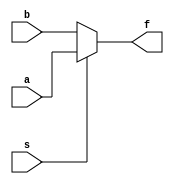
module mux2to1_beh(a,b,s,f);
	input a,b,s;
	output f;
	reg f;
	always@(s or a or b)
	if(s==1) f = a;
	else f = b;
endmodule